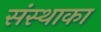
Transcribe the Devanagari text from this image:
संस्‍थाका